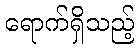
ရောက်ရှိသည့်